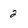
Character: 2